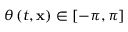
\theta \left( t , \mathbf { x } \right) \in \left[ - \pi , \pi \right]